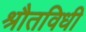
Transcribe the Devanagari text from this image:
श्रौतविधी